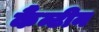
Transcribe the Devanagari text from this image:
कैंन्टीन